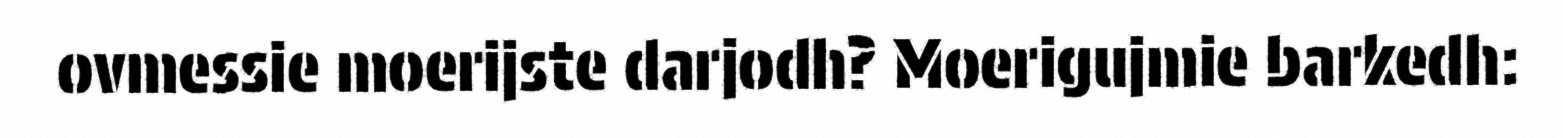
ovmessie moerijste darjodh? Moerigujmie barkedh: